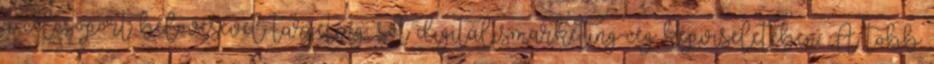
a célcsoport belövésével targeting, sőt digitálismarketing-cég képviseletében. A több